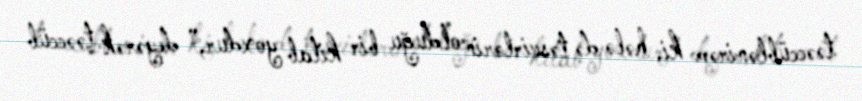
təəccüblənirəm ki, hələ də təsvirlərin olduğu bir kitab yoxdur,” deyərək təəccüb